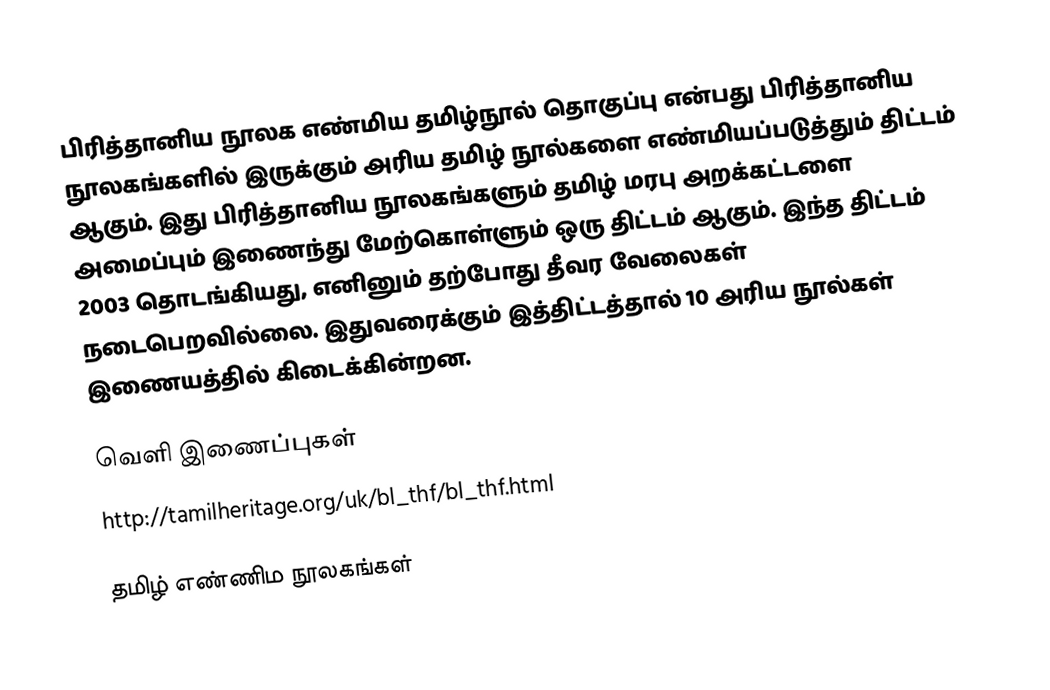
பிரித்தானிய நூலக எண்மிய தமிழ்நூல் தொகுப்பு என்பது பிரித்தானிய நூலகங்களில் இருக்கும் அரிய தமிழ் நூல்களை எண்மியப்படுத்தும் திட்டம் ஆகும். இது பிரித்தானிய நூலகங்களும் தமிழ் மரபு அறக்கட்டளை அமைப்பும் இணைந்து மேற்கொள்ளும் ஒரு திட்டம் ஆகும். இந்த திட்டம் 2003 தொடங்கியது, எனினும் தற்போது தீவர வேலைகள் நடைபெறவில்லை. இதுவரைக்கும் இத்திட்டத்தால் 10 அரிய நூல்கள் இணையத்தில் கிடைக்கின்றன.

வெளி இணைப்புகள்
 http://tamilheritage.org/uk/bl_thf/bl_thf.html

தமிழ் எண்ணிம நூலகங்கள்